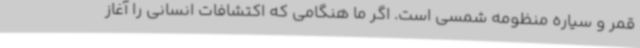
قمر و سیاره منظومه شمسی است. اگر ما هنگامی که اکتشافات انسانی را آغاز